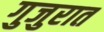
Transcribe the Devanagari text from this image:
गुजुरात